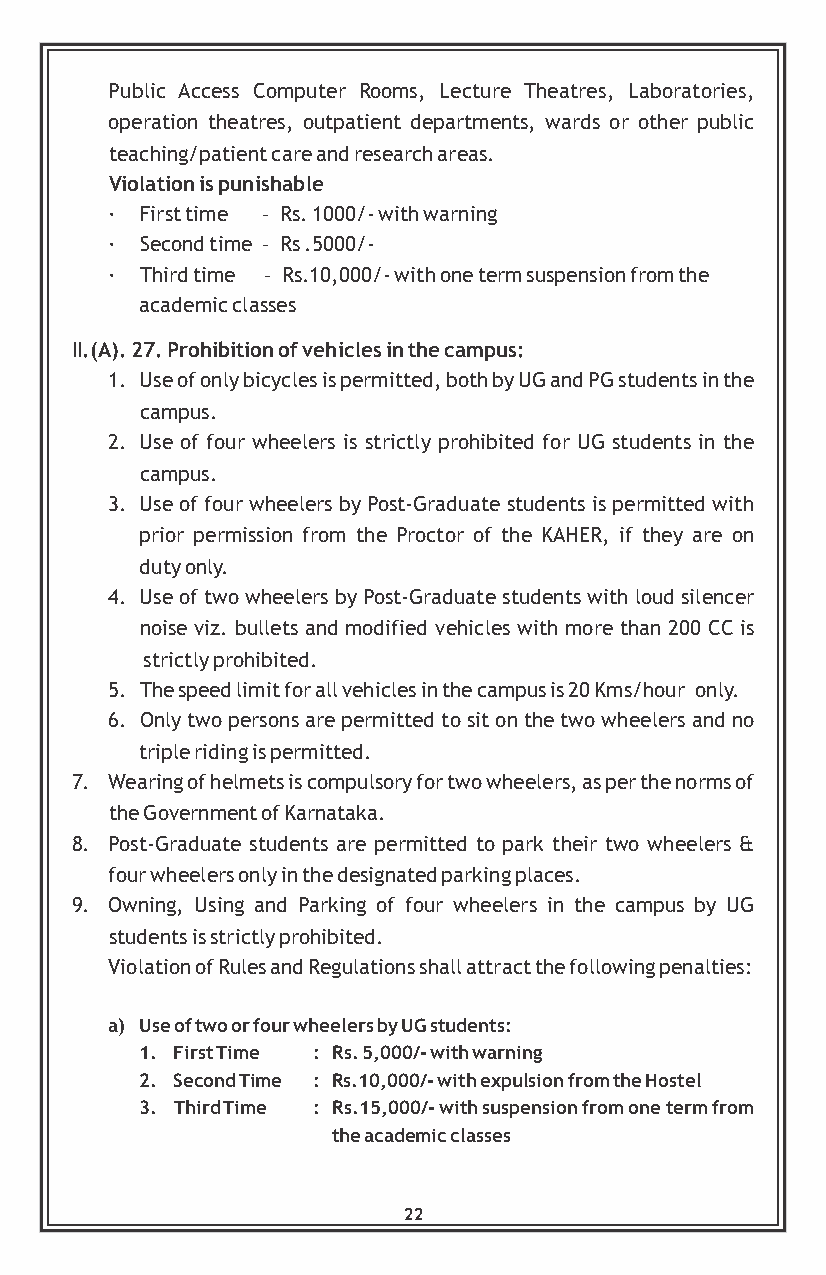
Public Access Computer Rooms, Lecture Theatres, Laboratories,
 operation theatres, outpatient departments, wards or other public
 teaching/patient care and research areas.
 Violation is punishable
 · First time – Rs. 1000/- with warning
 · Second time – Rs .5000/-
 · Third time – Rs.10,000/- with one term suspension from the
 academic classes
 II.(A). 27. Prohibition of vehicles in the campus:
 1. Use of only bicycles is permitted, both by UG and PG students in the
 campus.
 2. Use of four wheelers is strictly prohibited for UG students in the
 campus.
 3. Use of four wheelers by Post-Graduate students is permitted with
 prior permission from the Proctor of the KAHER, if they are on
 duty only.
 4. Use of two wheelers by Post-Graduate students with loud silencer
 noise viz. bullets and modified vehicles with more than 200 CC is
 strictly prohibited.
 5. The speed limit for all vehicles in the campus is 20 Kms/hour only.
 6. Only two persons are permitted to sit on the two wheelers and no
 triple riding is permitted.
 7. Wearing of helmets is compulsory for two wheelers, as per the norms of
 the Government of Karnataka.
 8. Post-Graduate students are permitted to park their two wheelers &
 four wheelers only in the designated parking places.
 9. Owning, Using and Parking of four wheelers in the campus by UG
 students is strictly prohibited.
 Violation of Rules and Regulations shall attract the following penalties:
 a) Use of two or four wheelers by UG students:
 1. First Time : Rs. 5,000/- with warning
 2. Second Time : Rs.10,000/- with expulsion from the Hostel
 3. Third Time : Rs.15,000/- with suspension from one term from
 the academic classes
 22